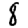
Digit: 8